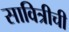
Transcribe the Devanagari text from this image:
सावित्रीची